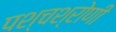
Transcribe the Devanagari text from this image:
पश्चश्रोणी